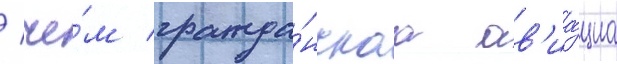
/ че́м гражда́нскаа ав'иа́циа